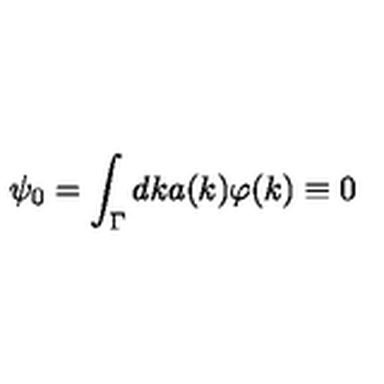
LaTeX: \psi _ { 0 } = \int _ { \Gamma } d k a ( k ) \varphi ( k ) \equiv 0